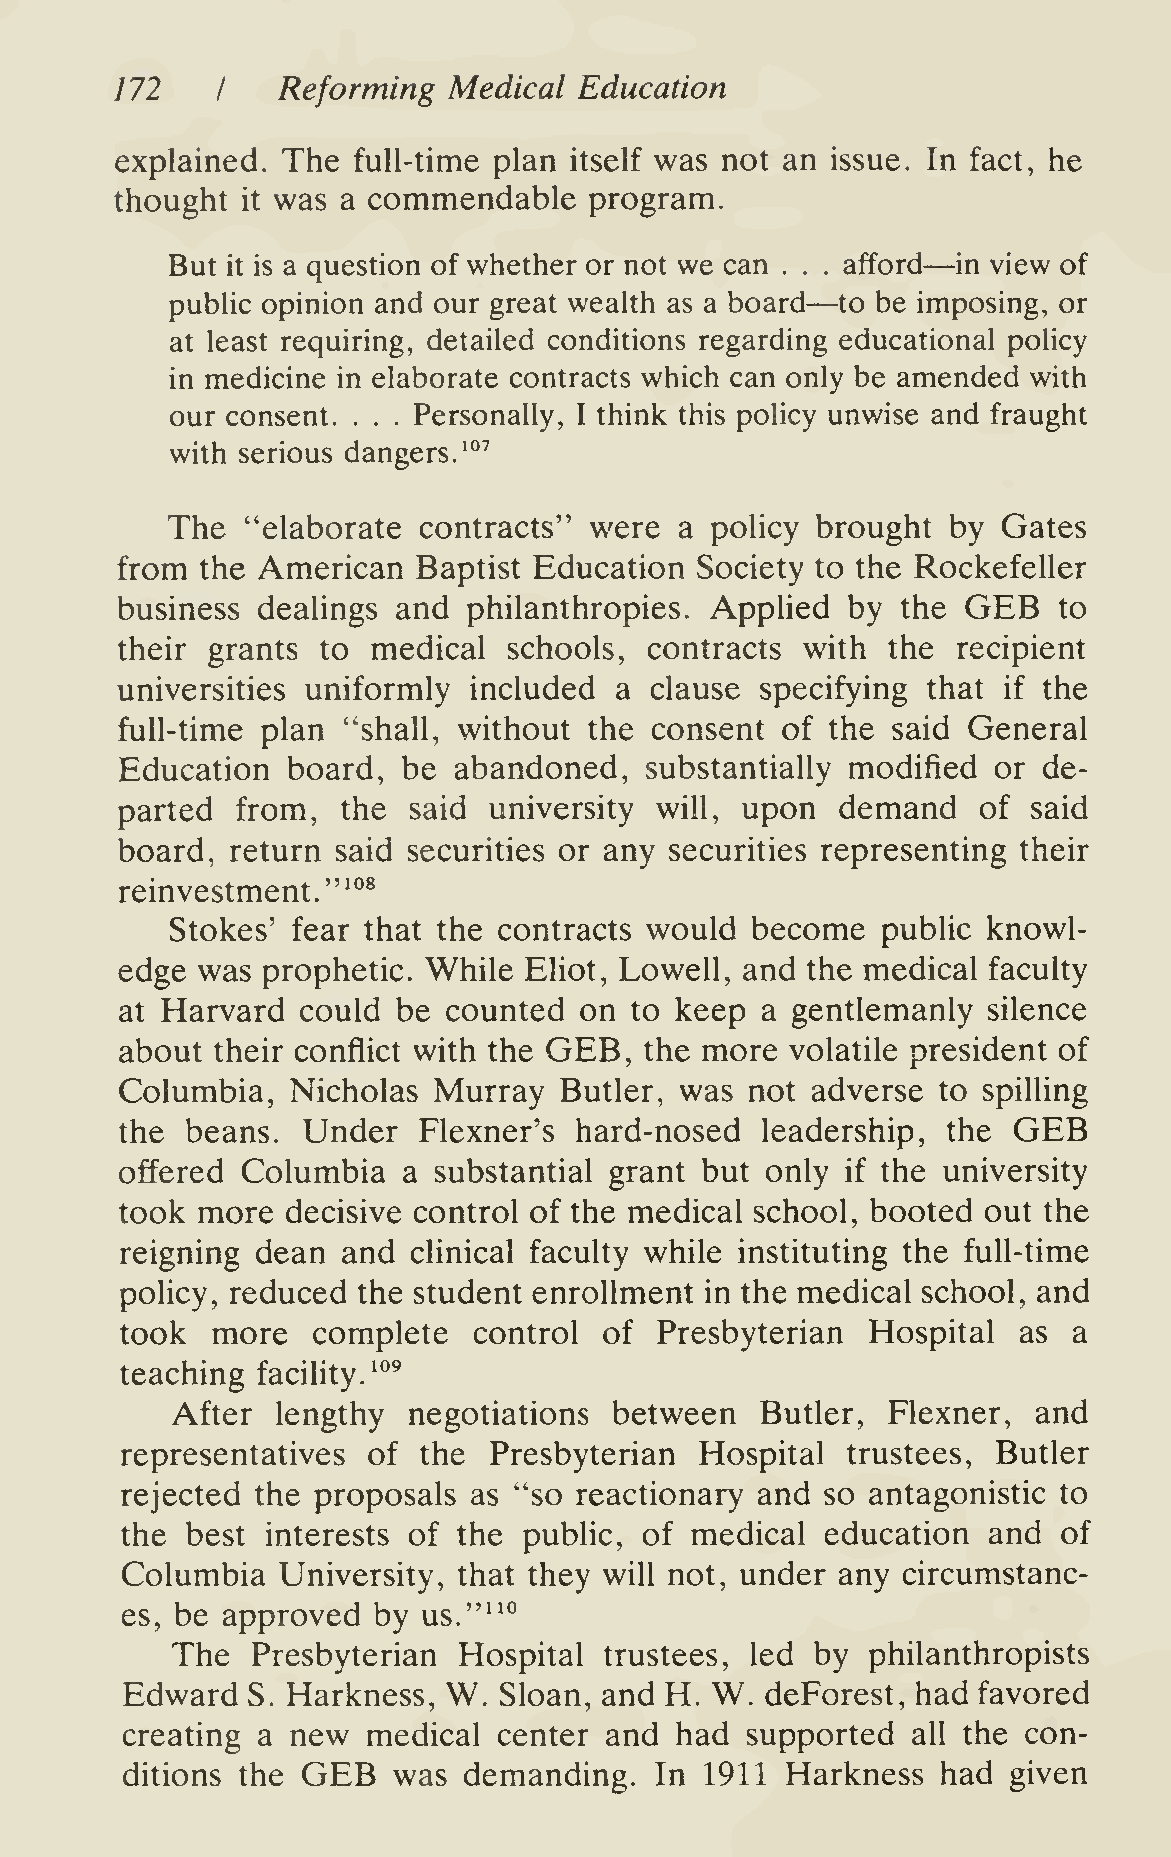
172       Reforming   Medical Education
 I
 explained. The full-time plan itself was not an issue. In fact, he
 thought   was  a commendable   program.
 it
 —
 But it is a question of whether or not we can . .—. afford in view of
 public opinion and our great wealth as a board to be imposing, or
 at least requiring, detailed conditions regarding educational policy
 in medicine in elaborate contracts which can only be amended with
 our consent.    Personally, I think this policy unwise and fraught
 . . .
 with serious dangers.'^107
 The  "elaborate  contracts" were  a policy brought  by Gates
 from the American   Baptist Education Society to the Rockefeller
 GEB
 business dealings and  philanthropies. Applied  by  the       to
 their grants to  medical  schools, contracts with  the recipient
 universities uniformly included  a clause specifying that if the
 full-time plan "shall, without the consent  of the said General
 Education  board,  be abandoned,   substantially modified or de-
 parted  from,  the said university will, upon   demand   of said
 board, return said securities or any securities representing their
 "^°*
 reinvestment.
 Stokes' fear that the contracts would  become  public knowl-
 edge was prophetic. While  Eliot, Lowell, and the medical faculty
 at Harvard  could be  counted on  to keep a gentlemanly  silence
 about their conflict with the GEB, the more volatile president of
 Columbia,  Nicholas  Murray  Butler, was  not adverse to spiUing
 GEB
 the beans.  Under   Flexner's hard-nosed  leadership,  the
 offered Columbia   a substantial grant but only if the university
 took more  decisive control of the medical school, booted out the
 reigning dean  and clinical faculty while instituting the full-time
 policy, reduced the student enrollment in the medical school, and
 took  more   complete  control  of  Presbyterian  Hospital as  a
 teaching facility. '°^
 After  lengthy  negotiations  between  Butler,  Flexner,  and
 representatives of  the Presbyterian  Hospital  trustees, Butler
 rejected the proposals as "so reactionary and  so antagonistic to
 the best  interests of the public, of medical  education and  of
 Columbia  University, that they will not, under any circumstanc-
 es, be approved  by us."^'''
 The   Presbyterian Hospital  trustees, led by  philanthropists
 Edward  S. Harkness, W.  Sloan, and H. W.  deForest, had favored
 creating a new  medical  center and  had supported  all the con-
 GEB
 ditions the       was  demanding.  In  1911 Harkness  had  given